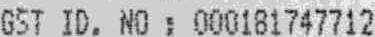
GST ID. NO : 000181747712